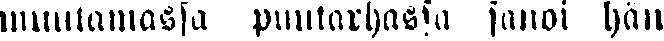
muutamassa puutarhassa sanoi hän